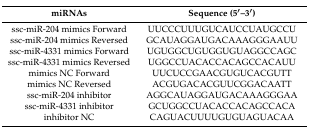
| miRNAs | Sequence (5′–3′) |
 | --- | --- |
 | ssc-miR-204 mimics Forward | UUCCCUUUGUCAUCCUAUGCCU |
 | ssc-miR-204 mimics Reversed | GCAUAGGAUGACAAAGGGAAUU |
 | ssc-miR-4331 mimics Forward | UGUGGCUGUGGUGUAGGCCAGC |
 | ssc-miR-4331 mimics Reversed | UGGCCUACACCACAGCCACAUU |
 | mimics NC Forward | UUCUCCGAACGUGUCACGUTT |
 | mimics NC Reversed | ACGUGACACGUUCGGACAATT |
 | ssc-miR-204 inhibitor | AGGCAUAGGAUGACAAAGGGAA |
 | ssc-miR-4331 inhibitor | GCUGGCCUACACCACAGCCACA |
 | inhibitor NC | CAGUACUUUUGUGUAGUACAA |